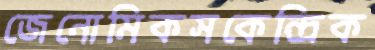
জেনোমিকসকেন্দ্রিক